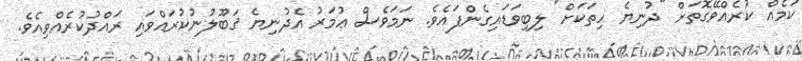
ކަމެއް ކުރެއްވޭގޮތަށް "ދުނިޔެ ހިތަކަށް" ލިބިވަޑައިގެންފައެވެ. ނަމަވެސް ޢުމަރު އެދުނިޔެ ޤަބޫލުނުކުރައްވައި ރައްދުކުރެއްވިއެވެ.